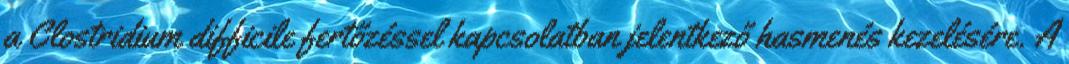
a Clostridium difficile fertőzéssel kapcsolatban jelentkező hasmenés kezelésére. A